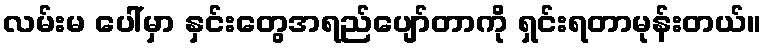
လမ်းမ ပေါ်မှာ နှင်းတွေအရည်ပျော်တာကို ရှင်းရတာမုန်းတယ်။